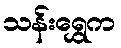
သန်းရွှေက